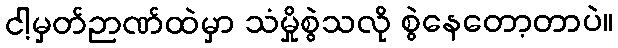
ငါ့မှတ်ဉာဏ်ထဲမှာ သံမှိုစွဲသလို စွဲနေတော့တာပဲ။